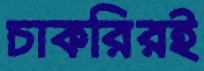
চাকরিরই